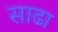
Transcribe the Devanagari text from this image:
साढा